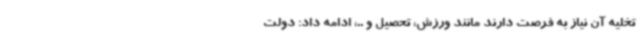
تخلیه آن نیاز به فرصت دارند مانند ورزش، تحصیل و ..، ادامه داد: دولت